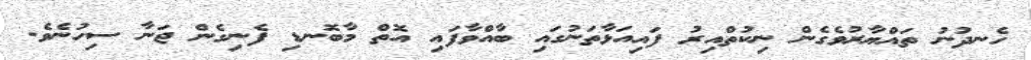
ހެނދުނު ތައްޔާރުވެގެން ނިކުތްއިރު ފައިއަޅާތަނުގައި ބާއްވާފައި އޮތް މާބޮނޑި ފެނިގެން ޖަނާ ސިހުނެވެ.